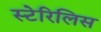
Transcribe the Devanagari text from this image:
स्टेरिलिस